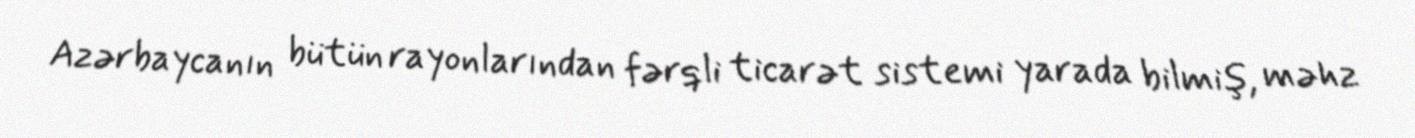
Azərbaycanın bütün rayonlarından fərqli ticarət sistemi yarada bilmiş, məhz